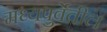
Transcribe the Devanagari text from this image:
मध्यपुर्वेतील